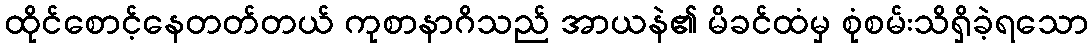
ထိုင်စောင့်နေတတ်တယ် ကုစာနာဂိသည် အာယနဲ၏ မိခင်ထံမှ စုံစမ်းသိရှိခဲ့ရသော